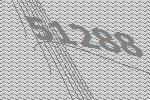
51288